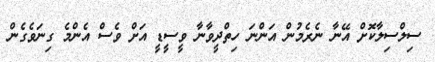
ސިލްސިލާކޮށް އޭނާ ނެރެމުން އަންނަ ހިތްދީވާނާ ވީސީޑީ އަށް ވެސް އެންމެ ގިނަވެގެން